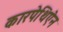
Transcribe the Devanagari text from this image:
कारपेथिऐन